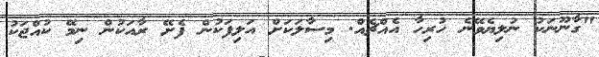
"ގާނޫނަކު ނުލިޔެވޭނެ ހުރިހާ އެއްޗެއް. މިސާލަކަށް އަލިފަކުން ފެށޭ ރާއަކުން ނިމޭ ކުއްޖަކު